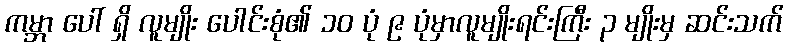
ကမ္ဘာ ပေါ် ရှိ လူမျိုး ပေါင်းစုံ၏ ၁၀ ပုံ ၉ ပုံမှာလူမျိုးရင်းကြီး ၃ မျိုးမှ ဆင်းသက်